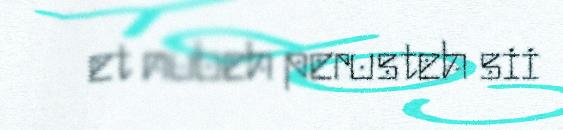
et nubeh perusteh sii